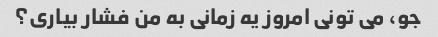
جو، می تونی امروز یه زمانی به من فشار بیاری؟